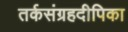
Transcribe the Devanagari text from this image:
तर्कसंग्रहदीपिका